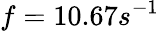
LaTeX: f=10.67s^{-1}